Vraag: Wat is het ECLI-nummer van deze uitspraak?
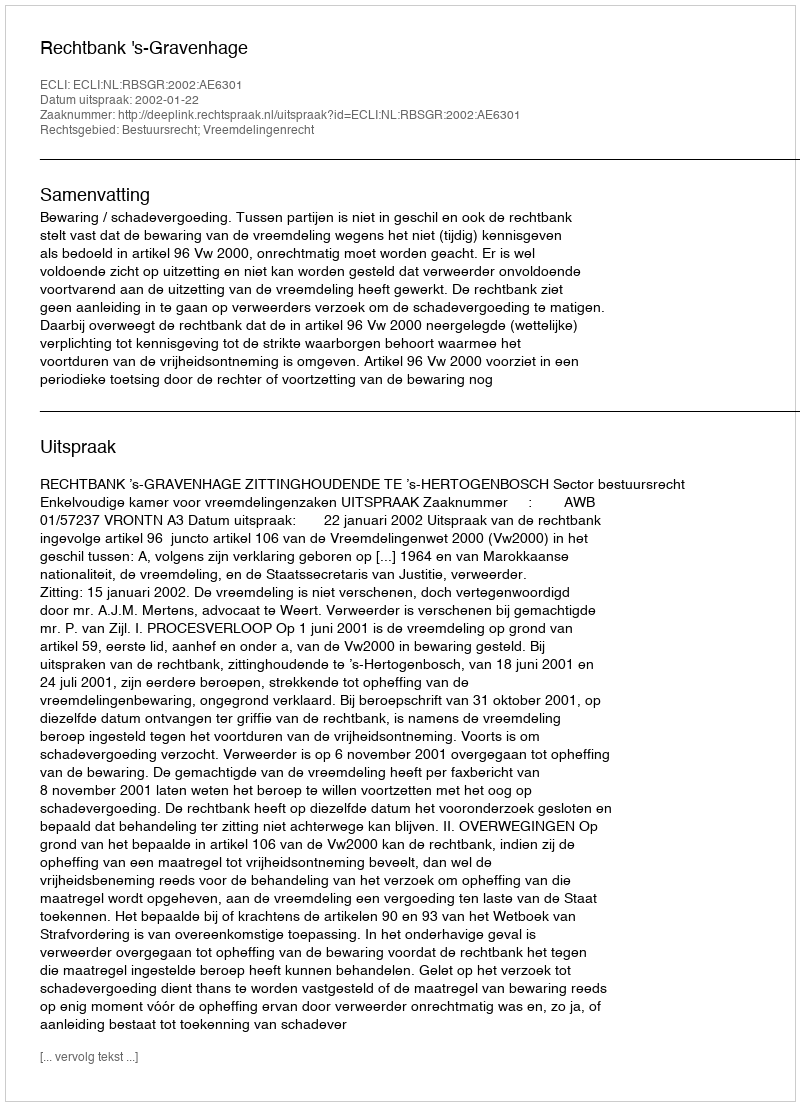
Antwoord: ECLI:NL:RBSGR:2002:AE6301